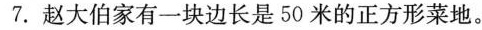
7.赵大伯家有一块边长是50米的正方形菜地。